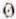
0